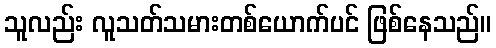
သူလည်း လူသတ်သမားတစ်ယောက်ပင် ဖြစ်နေသည်။